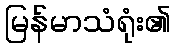
မြန်မာသံရုံး၏